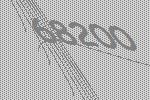
68200